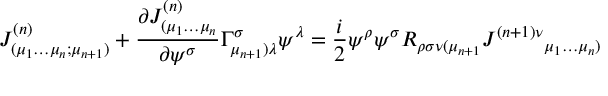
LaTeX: { J } _ { ( \mu _ { 1 } \dots \mu _ { n } ; \mu _ { n + 1 } ) } ^ { ( n ) } + \frac { \partial { J } _ { ( \mu _ { 1 } \dots \mu _ { n } } ^ { ( n ) } } { \partial \psi ^ { \sigma } } \Gamma _ { \mu _ { n + 1 } ) \lambda } ^ { \sigma } \psi ^ { \lambda } = \frac { i } { 2 } \psi ^ { \rho } \psi ^ { \sigma } R _ { \rho \sigma \nu ( \mu _ { n + 1 } } { { J } ^ { ( n + 1 ) \nu } } _ { \mu _ { 1 } \dots \mu _ { n } ) }